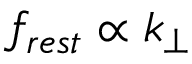
f _ { r e s t } \propto k _ { \perp }